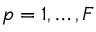
p = 1 , \ldots , F